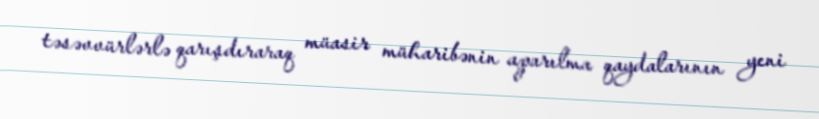
təsəvvürlərlə qarışdıraraq müasir müharibənin aparılma qaydalarının yeni